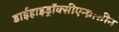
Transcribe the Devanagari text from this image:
डाईहाइड्रॉक्सीएन्थ्रासीन